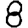
Digit: 8